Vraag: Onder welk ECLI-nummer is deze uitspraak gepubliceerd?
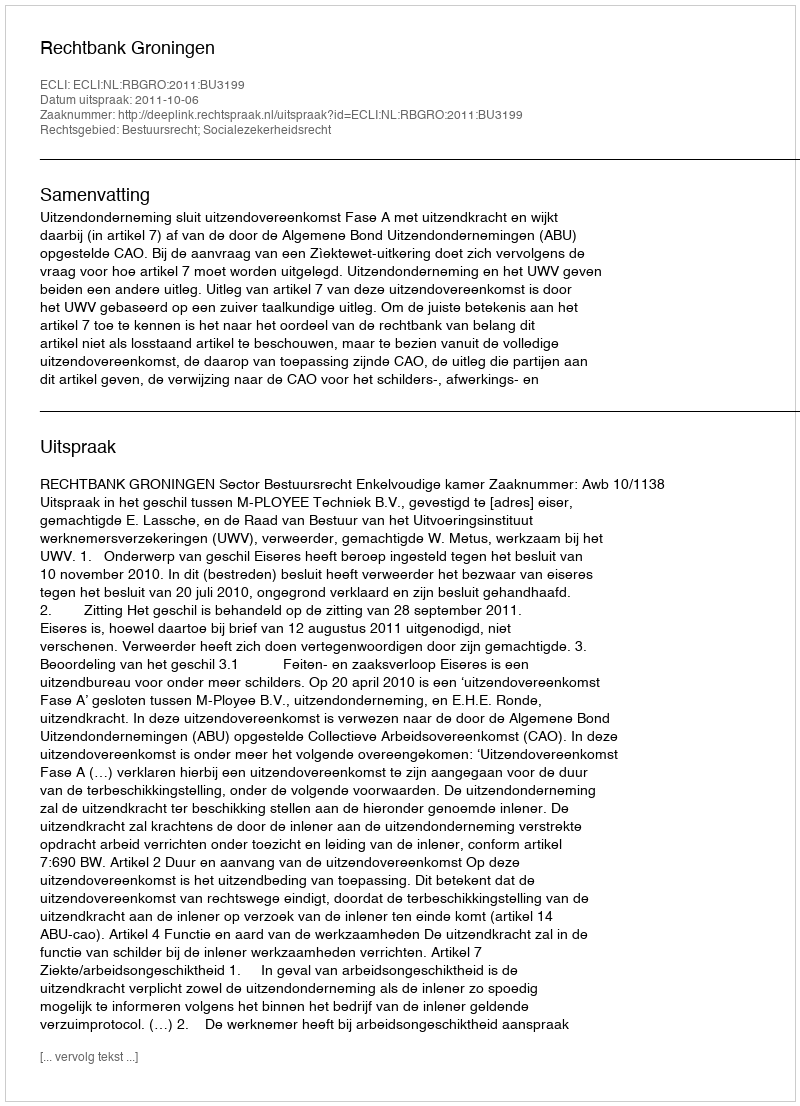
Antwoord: ECLI:NL:RBGRO:2011:BU3199